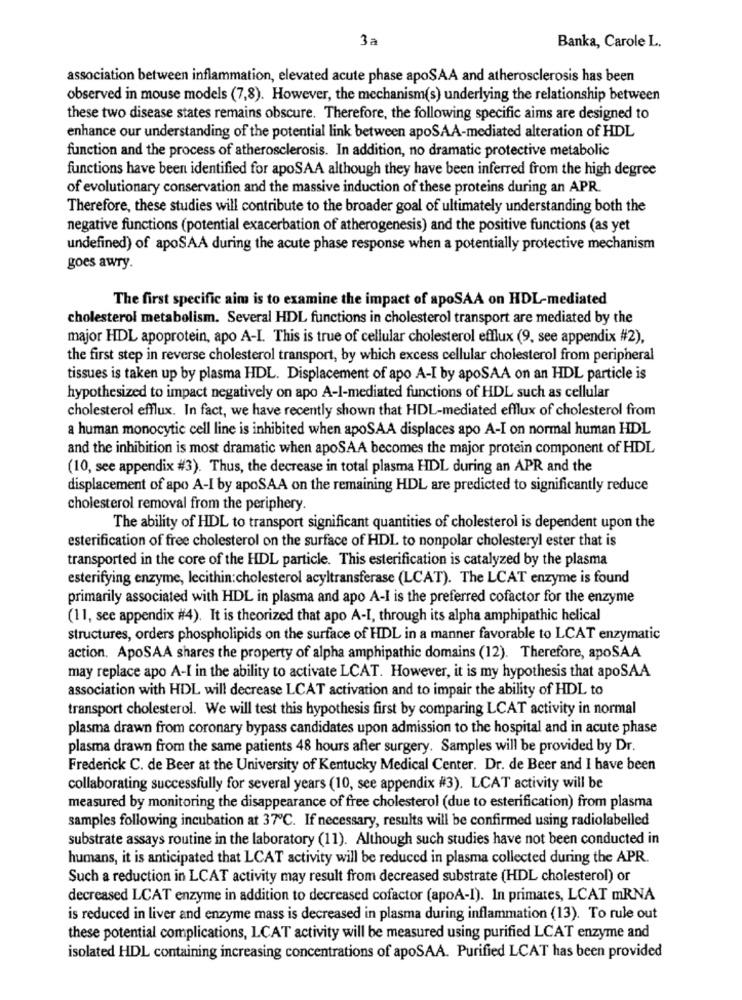
3a
Banka, Carole L.
association between inflammation, elevated acute phase apoSAA and atherosclerosis has been
observed in mouse models (7,8). However, the mechanism(s) underlying the relationship between
these two disease states remains obscure. Therefore, the following specific aims are designed to
enhance our understanding of the potential link between apoSAA-mediated alteration of HDL
function and the process of atherosclerosis. In addition, no dramatic protective metabolic
functions have been identified for apoSAA although they have been inferred from the high degree
of evolutionary conservation and the massive induction of these proteins during an APR
Therefore, these studies will contribute to the broader goal of ultimately understanding both the
negative functions (potential exacerbation of atherogenesis) and the positive functions (as yet
undefined) of apoSAA during the acute phase response when a potentially protective mechanism
goes awry.
The first specific aim is to examine the impact of apoSAA on HDL-mediated
cholesterol metabolism. Several HDL functions in cholesterol transport are mediated by the
major HDL apoprotein, apo A-I. This is true of cellular cholesterol efflux (9, see appendix #2),
the first step in reverse cholesterol transport, by which excess cellular cholesterol from peripheral
tissues is taken up by plasma HDL. Displacement of apo A-I by apoSAA on an HDL particle is
hypothesized to impact negatively on apo A-I-mediated functions of HDL such as cellular
cholesterol efflux. In fact, we have recently shown that HDL-mediated efflux of cholesterol from
a human monocytic cell line is inhibited when apoSAA displaces apo A-I on normal human HDL
and the inhibition is most dramatic when apoSAA becomes the major protein component of HDL
(10, see appendix #3). Thus, the decrease in total plasma HDL during an APR and the
displacement of apo A-I by apoSAA on the remaining HDL are predicted to significantly reduce
cholesterol removal from the periphery.
The ability of HDL to transport significant quantities of cholesterol is dependent upon the
esterification of free cholesterol on the surface of HDL to nonpolar cholesteryl ester that is
transported in the core of the HDL particle. This esterification is catalyzed by the plasma
esterifying enzyme, lecithin:cholesterol acyltransferase (LCAT). The LCAT enzyme is found
primarily associated with HDL in plasma and apo A-I is the preferred cofactor for the enzyme
(11, see appendix #4). It is theorized that apo A-I, through its alpha amphipathic helical
structures, orders phospholipids on the surface of HDL in a manner favorable to LCAT enzymatic
action. ApoSAA shares the property of alpha amphipathic domains (12). Therefore, apoSAA
may replace apo A-I in the ability to activate LCAT. However, it is my hypothesis that apoSAA
association with HDL will decrease LCAT activation and to impair the ability of HDL to
transport cholesterol. We will test this hypothesis first by comparing LCAT activity in normal
plasma drawn from coronary bypass candidates upon admission to the hospital and in acute phase
plasma drawn from the same patients 48 hours after surgery. Samples will be provided by Dr.
Frederick C. de Beer at the University of Kentucky Medical Center. Dr. de Beer and I have been
collaborating successfully for several years (10, see appendix #3). LCAT activity will be
measured by monitoring the disappearance of free cholesterol (due to esterification) from plasma
samples following incubation at 37℃. If necessary, results will be confirmed using radiolabelled
substrate assays routine in the laboratory (11). Although such studies have not been conducted in
humans, it is anticipated that LCAT activity will be reduced in plasma collected during the APR.
Such a reduction in LCAT activity may result from decreased substrate (HDL cholesterol) or
decreased LCAT enzyme in addition to decreased cofactor (apoA-I). In primates, LCAT mRNA
is reduced in liver and enzyme mass is decreased in plasma during inflammation (13). To rule out
these potential complications, LCAT activity will be measured using purified LCAT enzyme and
isolated HDL containing increasing concentrations of apoSAA. Purified LCAT has been provided